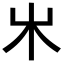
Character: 𣎵